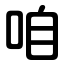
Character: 咱